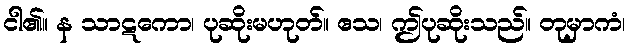
ငါ၏။ န သာဋကော၊ ပုဆိုးမဟုတ်။ ဧသ၊ ဤပုဆိုးသည်။ တုမှာကံ၊